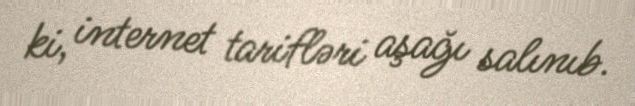
ki, internet tarifləri aşağı salınıb.